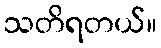
သတိရတယ်။